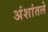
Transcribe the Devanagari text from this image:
अंशांतले